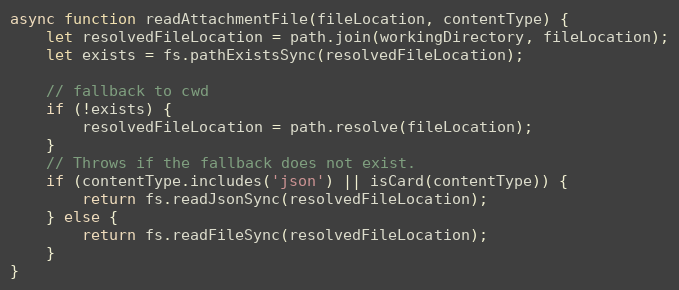
Language: JavaScript
async function readAttachmentFile(fileLocation, contentType) {
    let resolvedFileLocation = path.join(workingDirectory, fileLocation);
    let exists = fs.pathExistsSync(resolvedFileLocation);

    // fallback to cwd
    if (!exists) {
        resolvedFileLocation = path.resolve(fileLocation);
    }
    // Throws if the fallback does not exist.
    if (contentType.includes('json') || isCard(contentType)) {
        return fs.readJsonSync(resolvedFileLocation);
    } else {
        return fs.readFileSync(resolvedFileLocation);
    }
}